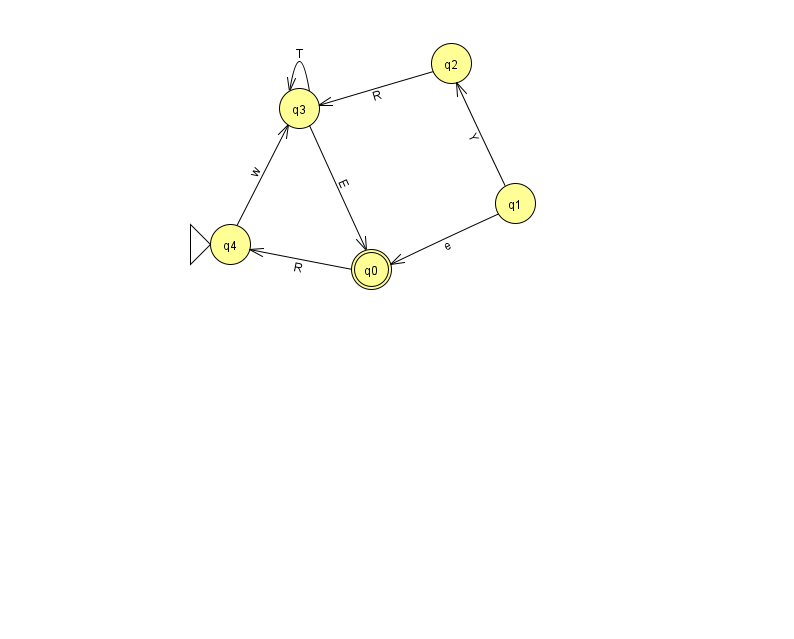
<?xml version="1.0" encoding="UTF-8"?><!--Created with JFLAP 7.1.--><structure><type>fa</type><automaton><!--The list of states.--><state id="0" name="q0"><x>371.0</x><y>256.0</y><final/></state><state id="1" name="q1"><x>515.0</x><y>190.0</y></state><state id="2" name="q2"><x>451.0</x><y>50.0</y></state><state id="3" name="q3"><x>299.0</x><y>95.0</y></state><state id="4" name="q4"><x>230.0</x><y>231.0</y><initial/></state><!--The list of transitions.--><transition><from>2</from><to>3</to><read>R</read></transition><transition><from>3</from><to>0</to><read>E</read></transition><transition><from>1</from><to>2</to><read>Y</read></transition><transition><from>3</from><to>3</to><read>T</read></transition><transition><from>0</from><to>4</to><read>R</read></transition><transition><from>4</from><to>3</to><read>w</read></transition><transition><from>1</from><to>0</to><read>e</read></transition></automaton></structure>